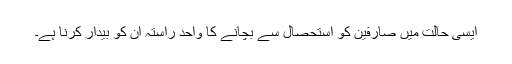
ایسی حالت میں صارفین کو استحصال سے بچانے کا واحد راستہ اُن کو بیدار کرنا ہے۔